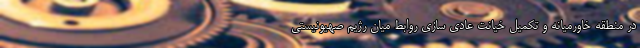
در منطقه خاورمیانه و تکمیل خیانت عادی سازی روابط میان رژیم صهیونیستی